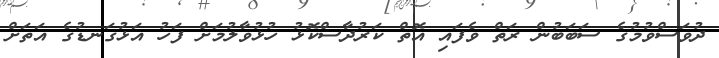
ދުވަސްވުމުގެ ސަބަބުން ރަތް ވެފައި އޮތް ކަރުދާސްކޮޅު ހުޅުވާލުމަށް ފަހު އަޅުގަނޑުގެ އަތަށް